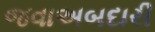
જવાઅબદારી